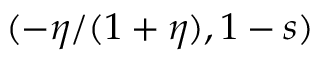
( - \eta / ( 1 + \eta ) , 1 - s )